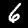
Digit: 6